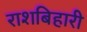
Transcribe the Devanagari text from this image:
राशबिहारी